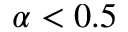
\alpha < 0 . 5